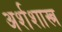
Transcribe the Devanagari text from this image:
अर्शशास्त्र